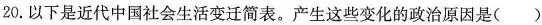
20.以下是近代中国社会生活变迁简表。产生这些变化的政治原因是( )